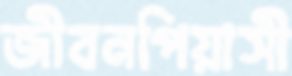
জীবনপিয়াসী